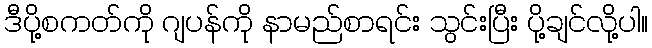
ဒီပို့စကတ်ကို ဂျပန်ကို နာမည်စာရင်း သွင်းပြီး ပို့ချင်လို့ပါ။